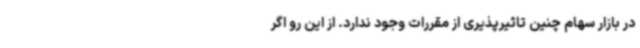
در بازار سهام چنین تاثیرپذیری از مقررات وجود ندارد. از این رو اگر